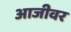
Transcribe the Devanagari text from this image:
आजीवर